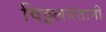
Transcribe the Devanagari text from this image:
विठ्ठलपंतानी